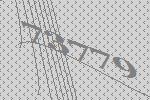
73779